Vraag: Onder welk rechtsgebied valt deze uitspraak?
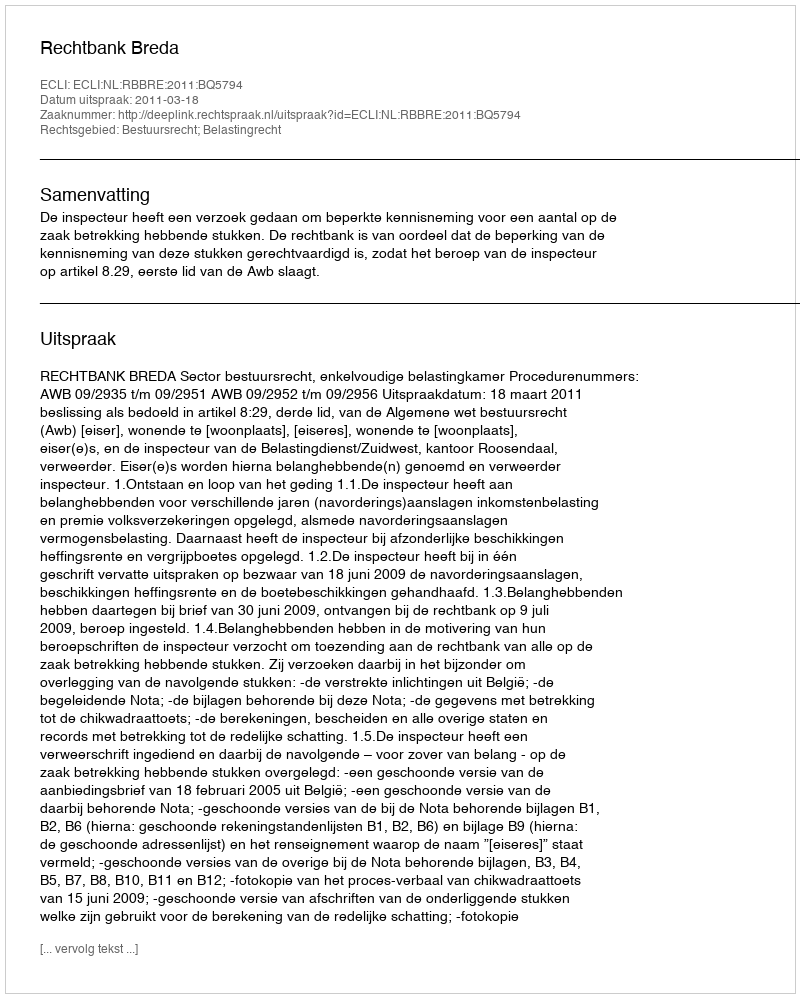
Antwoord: Bestuursrecht; Belastingrecht